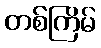
တစ်ကြိမ်